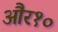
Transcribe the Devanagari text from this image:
और१०